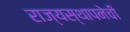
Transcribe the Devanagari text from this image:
राज्यस्थापनेची